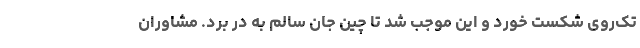
تک‌روی شکست خورد و این موجب شد تا چین جان سالم به در برد. مشاوران